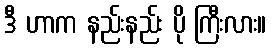
ဒီ ဟာက နည်းနည်း ပို ကြီးလား။